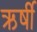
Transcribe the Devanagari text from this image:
ऋर्षी